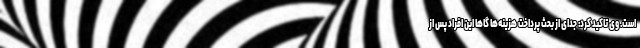
است. وی تاکید کرد: جدای از بحث پرداخت هزینه‌ها گاها این افراد پس از